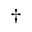
^ \dagger